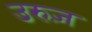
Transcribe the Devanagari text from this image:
उरुज़